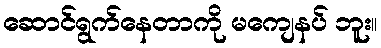
ဆောင်ရွက်နေတာကို မကျေနပ် ဘူး။